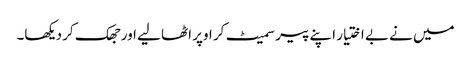
میں نے بے اختیار اپنے پیر سمیٹ کر اوپر اٹھا لیے اور جھک کر دیکھا۔